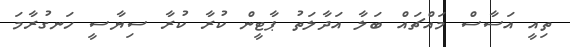
ތިއީ އަސާސް މައްޗައް ބަލާ އަދާލަތު ޕާޓީން ކުރާ ކުރާ ސިޔާސީ ހަނގުރާމަ